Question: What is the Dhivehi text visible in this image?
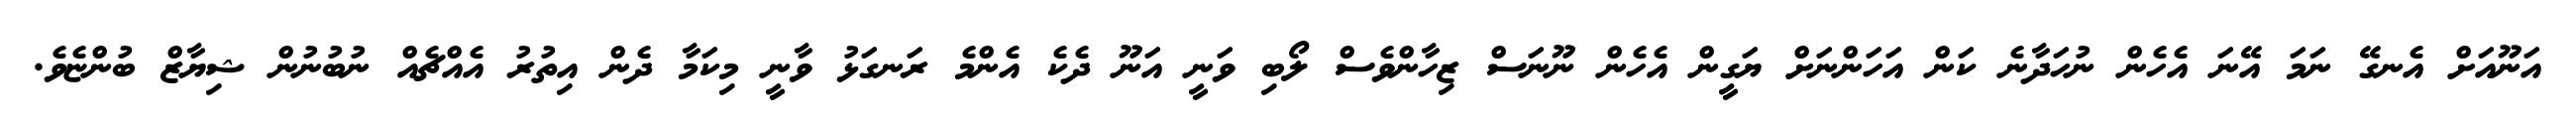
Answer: އަނޫއަށް އެނގޭ ނަމަ އޭނަ އެހެން ނުހަދާނެ ކަން އަހަންނަށް ޔަގީން އެހެން ނޫނަސް ޒިހާންވެސް ލޯބި ވަނީ އަނޫ ދެކެ އެންމެ ރަނގަޅު ވާނީ މިކަމާ ދެން އިތުރު އެއްޗެއް ނުބުނުން ޝިޔާޒް ބުންޏެވެ.